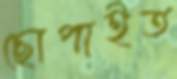
ছোপাইত